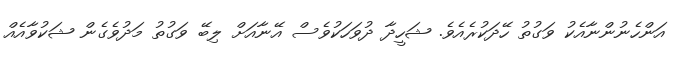
އަންހެނުންނާއެކު ވަގުތު ހޭދަކުރެއެވެ. ޝަހީދާ ދުވަހަކުވެސް އޭނާއަށް ލިބޭ ވަގުތު މަދުވެގެން ޝަކުވާއެއް